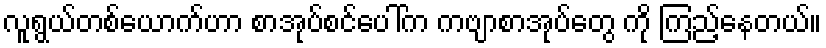
လူရွယ်တစ်ယောက်ဟာ စာအုပ်စင်ပေါ်က ကဗျာစာအုပ်တွေ ကို ကြည့်နေတယ်။